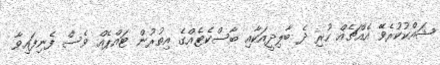
ޝައްކުކުރެވޭ އެއްޗެއް ހުރި ދެ ބާލިދީއަކާއި ބާސްކެޓެއްގެ އިތުރުން ޓައްޕެއް ވެސް ފެނިފައިވާ